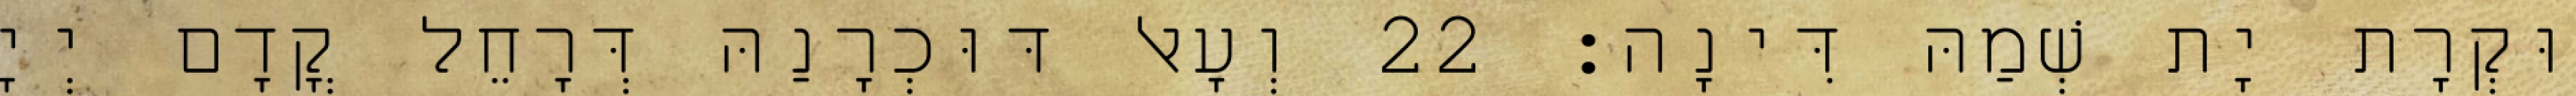
וּקְרָת יָת שְׁמַהּ דִּינָה׃ 22 וְעָאל דּוּכְרָנַהּ דְּרָחֵל קֳדָם יְיָ